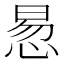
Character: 惖